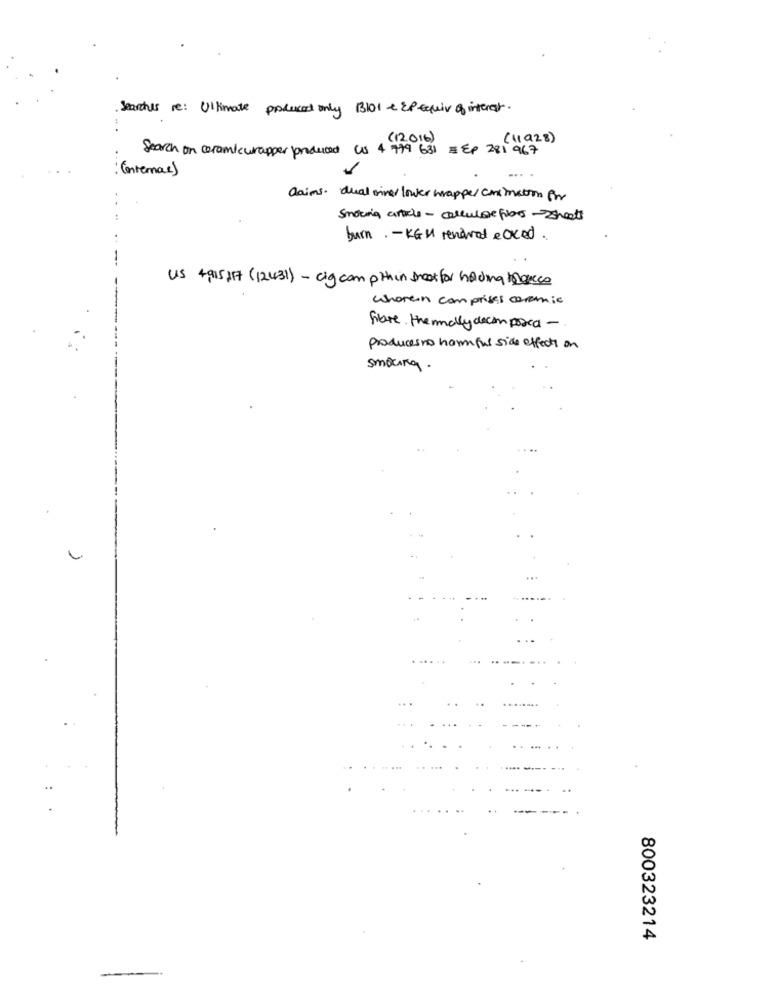
Searches re: Ultimate produced only 3101 & 2P Equiv of interest.
(11928 )
Search on ceramicwrapper produced Us 4 779 631 =EP 281 967
(enternas)
anims. dual wine lower wrappe/ cnimation for
smoking article- cellularefors-Sheets
burn. - KGM renewed eaced.
US 4,915,17 (12431) - cig com pthin sneek for hadima Marco
wherein comprises ceramic
fibre the mally decomposed -
producesns harmful side effects on
smoking.
800323214
---